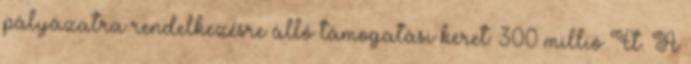
pályázatra rendelkezésre álló támogatási keret: 300 millió Ft. A